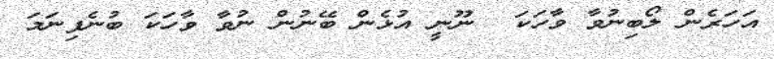
އަހަރެން ލޯބިނުވާ ވާހަކަ  ނޫނީ އުޅެން ބޭނުން ނުވާ ވާހަކަ ބުނެފިނަމަ